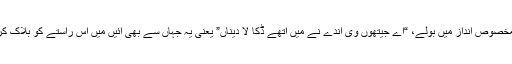
وہ اپنے مخصوص انداز میں بولے، “اے جیتھوں وی آندے نے میں اتھے ڈکا لا دیناں” یعنی یہ جہاں سے بھی آئیں میں اس راستے کو بلاک کردیتا ہوں۔